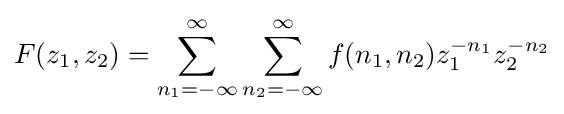
F(z_{1},z_{2})=\sum _{n_{1}=-\infty }^{\infty }\sum _{n_{2}=-\infty }^{\infty }f(n_{1},n_{2})z_{1}^{-n_{1}}z_{2}^{-n_{2}}